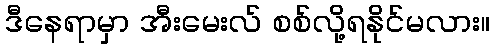
ဒီနေရာမှာ အီးမေးလ် စစ်လို့ရနိုင်မလား။